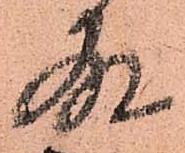
故